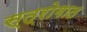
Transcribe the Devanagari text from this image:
स्त्रोगात